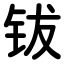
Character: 钹